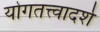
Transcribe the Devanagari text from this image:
योगतत्त्वादर्श